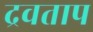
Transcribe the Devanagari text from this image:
द्रवताप